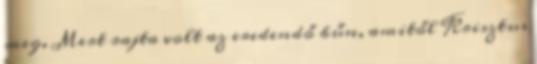
meg. Mert rajta volt az eredendő bűn, amitől Krisztus